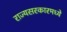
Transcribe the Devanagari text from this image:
राज्यसरकारमध्ये